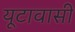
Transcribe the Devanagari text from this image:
यूटावासी